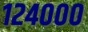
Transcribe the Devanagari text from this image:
१२४०००